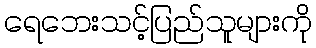
ရေဘေးသင့်ပြည်သူများကို